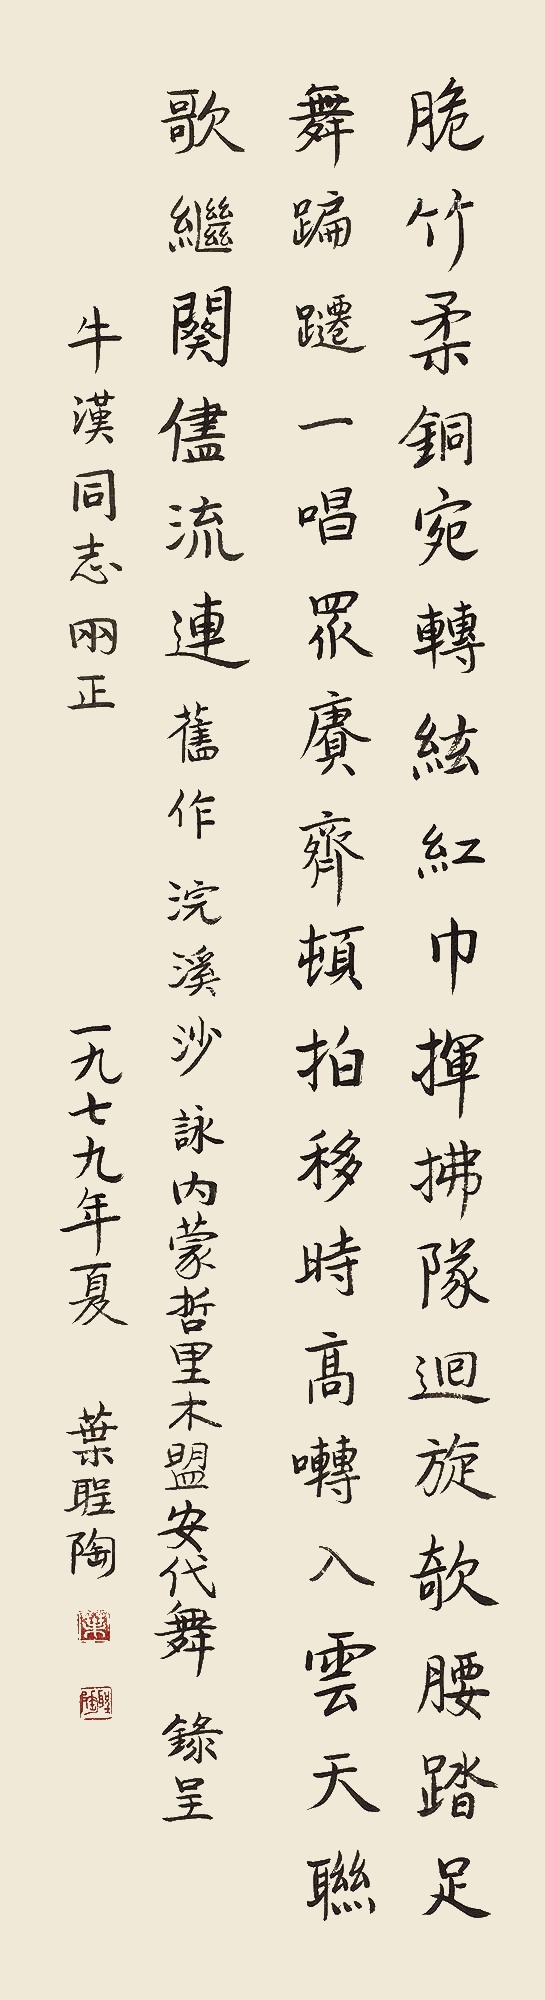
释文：脆竹柔铜宛转弦，红巾挥拂队回旋。欹腰踏足舞蹁跹。一唱众赓齐顿拍，移时高啭入云天。联歌继阙尽流连。旧作，《浣溪沙·咏内蒙哲里木盟安代舞》，录呈，牛汉同志两正，一九七九年夏，叶圣陶。